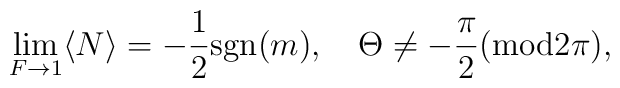
\lim_{F\to1}\langle N\rangle=-{1\over2}{\rm sgn}(m), \quad\Theta \neq -\frac{\pi}{2} ({\rm mod} 2\pi),